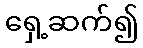
ရှေ့ဆက်၍